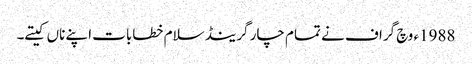
1988ء وچ گراف نے تمام چار گرینڈ سلام خطابات اپنے ناں کیتے۔